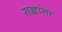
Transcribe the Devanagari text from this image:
सज्ञांना